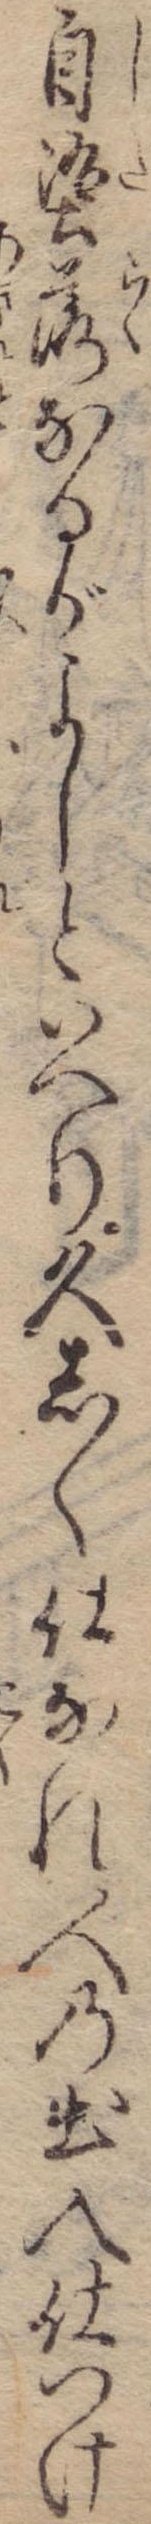
自堕落なるがよしといへり久しく仕なれ人の出入仕つけ